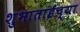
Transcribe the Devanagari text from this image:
शुभाताईंच्या